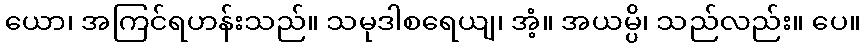
ယော၊ အကြင်ရဟန်းသည်။ သမုဒါစရေယျ၊ အံ့။ အယမ္ပိ၊ သည်လည်း။ ပေ။